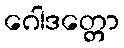
ဂေါဒတ္တော